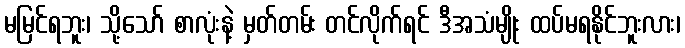
မမြင်ရဘူး၊ သို့သော် စာလုံးနဲ့ မှတ်တမ်း တင်လိုက်ရင် ဒီအသံမျိုး ထပ်မရနိုင်ဘူးလား၊